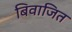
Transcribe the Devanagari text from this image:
बिवाजित